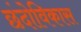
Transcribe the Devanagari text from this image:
छंदोविकास